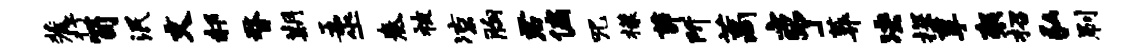
麓抒笥泯文郝瞀期五巫奏被凉胸君偏咒檬茆所藁亨葬决探享袈招弘刷